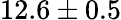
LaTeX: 12.6\pm 0.5